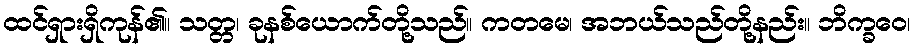
ထင်ရှားရှိကုန်၏။ သတ္တ၊ ခုနစ်ယောက်တို့သည်။ ကတမေ၊ အဘယ်သည်တို့နည်း။ ဘိက္ခဝေ၊